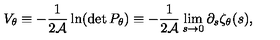
V _ { \theta } \equiv - { \frac { 1 } { 2 { \cal A } } } \ln ( \det P _ { \theta } ) \equiv - { \frac { 1 } { 2 { \cal A } } } \lim _ { s \to 0 } \partial _ { s } \zeta _ { \theta } ( s ) ,